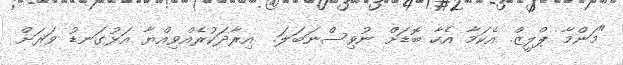
"މަންމާ ޕްލީޒް. އެކަމާ އެހާ ބޮޑަށް ނުވިސްނަބަލަ.  އިރާދަކުރެއްވިއްޔާ އަޅުގަނޑު ވަރަށް